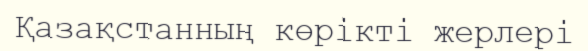
Қазақстанның көрікті жерлері